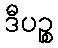
ဒီပဉ္စ